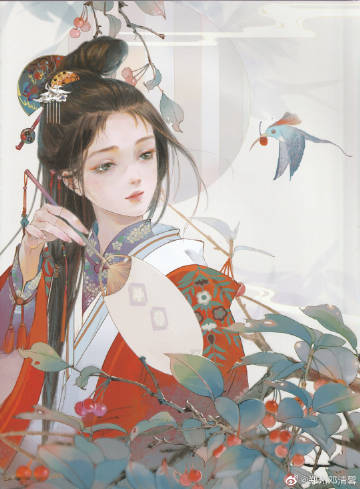
记取西湖西畔，正暮山好处，空翠烟霏。